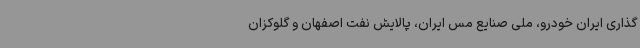
گذاری ایران خودرو، ملی صنایع مس ایران، پالایش نفت اصفهان و گلوکزان